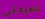
نصيحتي